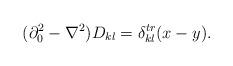
LaTeX: \begin{align*}(\partial_0^2-\nabla^2)D_{kl}=\delta^{tr}_{kl}(x-y).\end{align*}